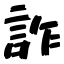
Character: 詐